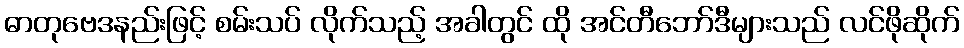
ဓာတုဗေဒနည်းဖြင့် စမ်းသပ် လိုက်သည့် အခါတွင် ထို အင်တီဘော်ဒီများသည် လင်ဖိုဆိုက်